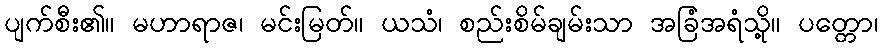
ပျက်စီး၏။ မဟာရာဇ၊ မင်းမြတ်။ ယသံ၊ စည်းစိမ်ချမ်းသာ အခြံအရံသို့။ ပတ္တော၊